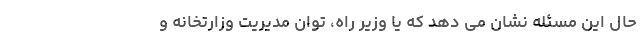
حال این مسئله نشان می دهد که یا وزیر راه، توان مدیریت وزارتخانه و